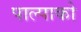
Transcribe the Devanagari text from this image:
पाल्पाको